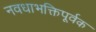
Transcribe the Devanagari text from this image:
नवधाभक्तिपूर्वक